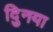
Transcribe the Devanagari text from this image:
दुिनया